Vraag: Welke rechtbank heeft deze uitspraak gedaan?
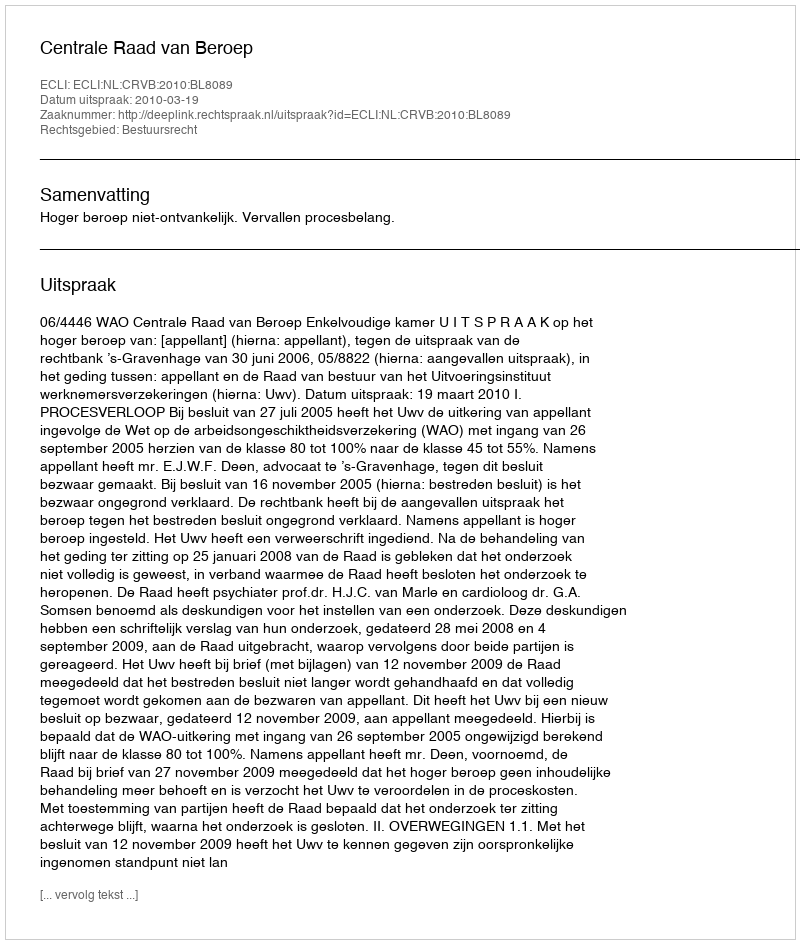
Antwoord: Centrale Raad van Beroep